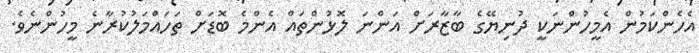
އެހެންކަމުން އެމީހުންނަކީ ދުނިޔޭގެ ބާޒާރަށް އަންނަ ލޮޅުންތައް އެންމެ ބޮޑަށް ތަހައްމަލުކުރާނެ މީހުންނެވެ.